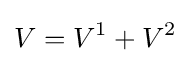
V=V^{1}+V^{2}